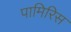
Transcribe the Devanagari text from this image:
पामिरिस